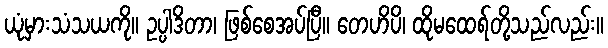
ယုံမှားသံသယကို။ ဥပ္ပါဒိတာ၊ ဖြစ်စေအပ်ပြီ။ တေဟိပိ၊ ထိုမထေရ်တို့သည်လည်း။